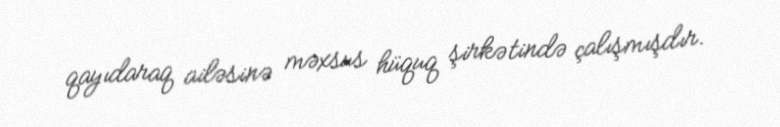
qayıdaraq ailəsinə məxsus hüquq şirkətində çalışmışdır.